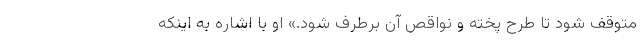
متوقف شود تا طرح پخته و نواقص آن برطرف شود.» او با اشاره به اینکه